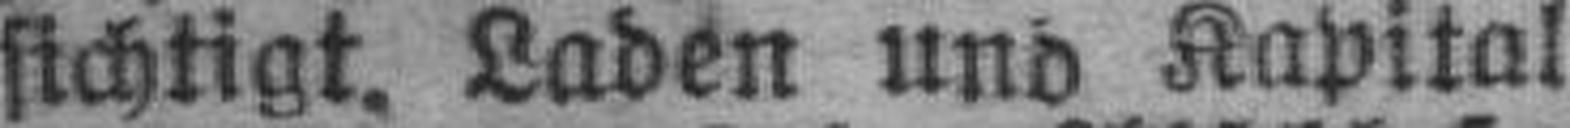
sichtigt. Laden und Kapital